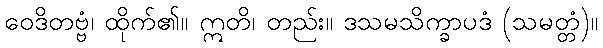
ဝေဒိတဗ္ဗံ၊ ထိုက်၏။ ဣတိ၊ တည်း။ ဒသမသိက္ခာပဒံ (သမတ္တံ)။